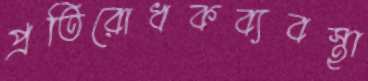
প্রতিরোধকব্যবস্থা